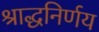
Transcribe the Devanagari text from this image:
श्राद्धनिर्णय